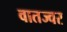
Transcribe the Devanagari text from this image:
वातज्वर